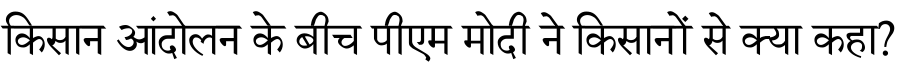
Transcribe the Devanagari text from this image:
किसान आंदोलन के बीच पीएम मोदी ने किसानों से क्या कहा?